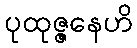
ပုထုဇ္ဇနေဟိ